Note on the mental hospitals in Burma - 1925-1940
Year: 1925
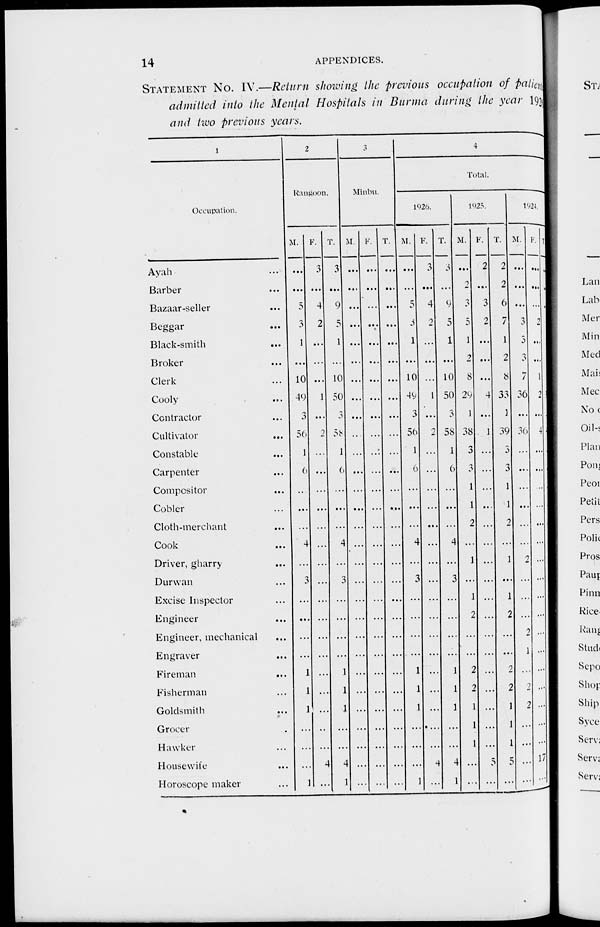
14
APPENDICES.
STATEMENT No. IV.—Return showing the previous occupation of patient
admitted into the Mental Hospitals in Burma during the year 1926
and two previous years.
1
Occupation.
Ayah ...
Barber ...
Bazaar-seller ...
Beggar ...
Black-smith
...
Broker ...
Clerk ...
Cooly ...
Contractor ...
Cultivator
...
Constable ...
Carpenter ...
Compositor ...
Cobler ...
Cloth-merchant ...
Cook ...
Driver, gharry ...
Durwan ...
Excise Inspector ...
Engineer ...
Engineer, mechanical ...
Engraver ...
Fireman
...
Fisherman ...
Goldsmith ...
Grocer ...
Hawker ...
Housewife ...
Horoscope maker ...
2
Rangoon.
M.
...
...
5
3
1
...
10
49
3
56
1
6
...
...
...
4
...
3
...
...
...
...
1
1
1
...
...
...
1
F.
3
...
4
2
...
...
...
1
...
2
...
...
...
...
...
...
...
...
...
...
...
...
...
...
...
...
4
...
T.
3
...
9
5
1
...
10
50
3
58
1
6
...
...
...
4
...
3
...
...
...
...
1
1
1
...
...
4
1
3
Minbu.
M.
...
...
...
...
...
...
...
...
...
...
...
...
...
...
...
...
...
...
...
...
...
...
...
...
...
...
...
...
...
F.
...
...
...
...
...
...
...
...
...
...
...
...
...
...
...
...
...
...
...
...
...
...
...
...
...
...
...
...
...
T.
...
...
...
...
...
...
...
...
...
...
...
...
...
...
...
...
...
...
...
...
...
...
...
...
...
...
...
...
...
4
Total.
1926.
M.
...
...
5
3
1
...
10
49
3
56
1
6
...
...
...
4
...
3
...
...
...
...
1
1
1
...
...
...
1
F.
3
...
4
2
...
...
...
1
...
2
...
...
...
...
...
...
...
...
...
...
...
...
...
...
...
...
...
4
...
T.
3
...
9
5
1
...
10
50
3
58
1
6
...
...
...
4
...
3
...
...
...
...
1
1
1
...
...
4
1
1925.
M.
...
2
3
5
1
2
8
29
1
38
3
3
1
1
2
...
1
...
1
2
...
...
2
2
1
1
1
...
...
F.
2
...
3
2
...
...
...
4
...
1
...
...
...
...
...
...
...
...
...
...
...
...
...
...
...
...
...
5
...
T.
2
2
6
7
1
2
8
33
1
39
3
3
1
1
2
...
1
...
1
2
...
...
2
2
1
1
1
5
...
1924.
M.
...
...
...
3
3
3
7
36
...
36
...
...
...
...
...
...
2
...
...
...
2
1
...
2
2
...
...
...
...
F.
...
...
...
2
...
...
1
2
...
4
...
...
...
...
...
...
...
...
...
...
...
...
...
...
...
...
...
17
...
T.
...
...
...
5
3
3
8
38
...
40
...
...
...
...
...
...
2
...
...
...
2
1
...
2
2
...
...
17
...